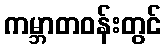
ကမ္ဘာတဝန်းတွင်